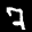
Label: 7